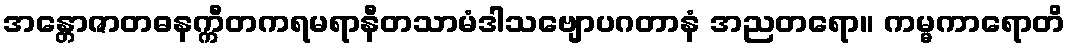
အန္တောဇာတဓနက္ကီတကရမရာနီတသာမံဒါသဗျောပဂတာနံ အညတရော။ ကမ္မကာရောတိ